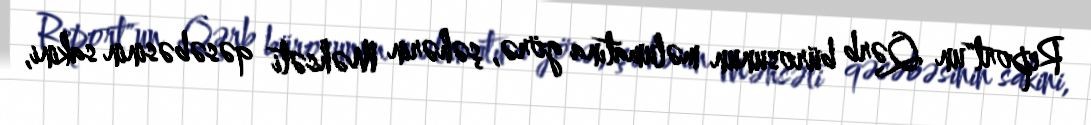
Report"un Qərb bürosunun məlumatına görə, şəhərin Məhsəti qəsəbəsinin sakini,